Scottish Leaving Certificate Examination, 1959
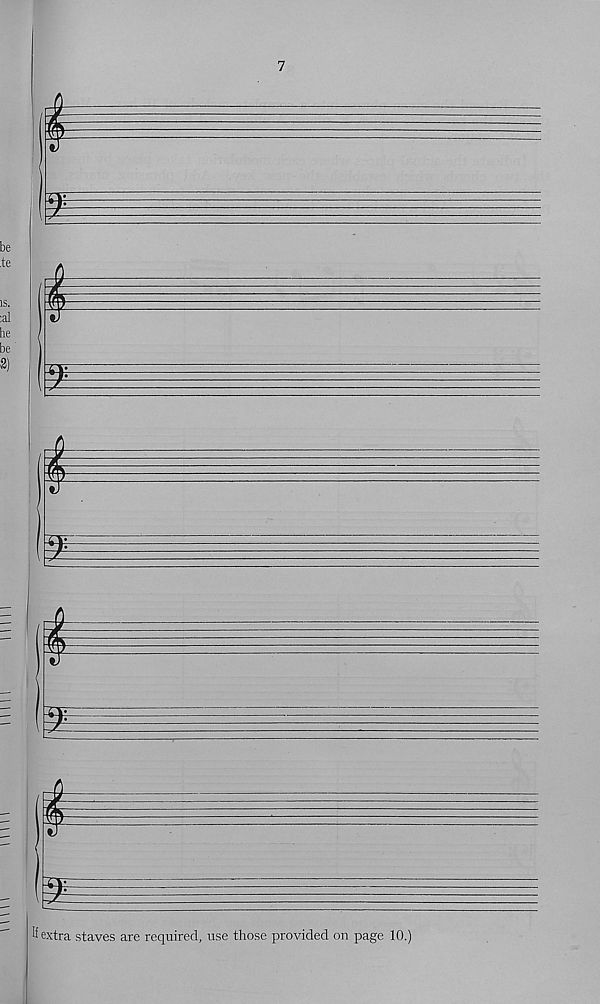
7
E
%
¥
¥
i
¥
If extra staves are required, use those provided on page 10.)